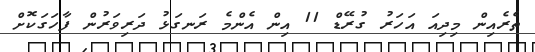
ތެރެއިން މިދިއަ އަހަރު ގުރޭޑް 11 އިން އެންމެ ރަނގަޅު ދަރިވަރުން ފާހަގަކޮށް